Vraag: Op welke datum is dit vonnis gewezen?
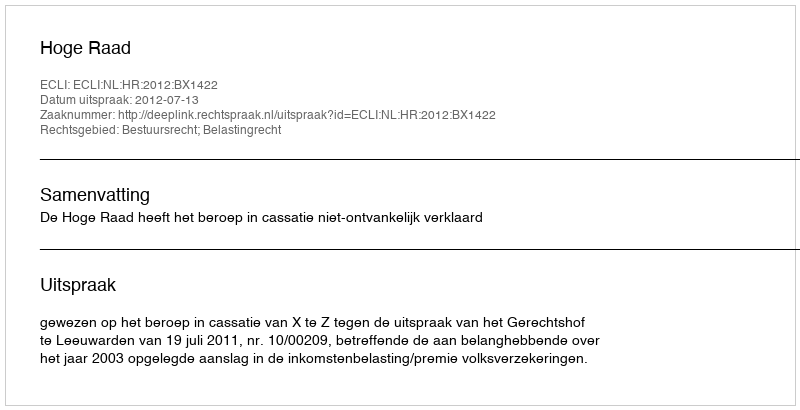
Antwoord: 2012-07-13